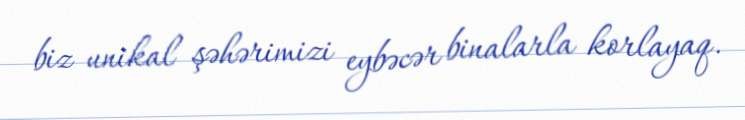
biz unikal şəhərimizi eybəcər binalarla korlayaq.